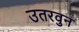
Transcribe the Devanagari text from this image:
उतरवुन